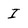
Character: I